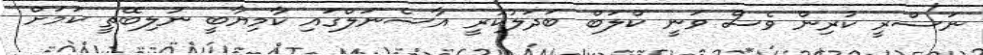
ނަސްރީ ކުރިން ވެސް ވަނީ ކްލަބް ބަދަލުކުރީ އާސެނަލްގައި ކާމިޔާބީ ނުލިބޭތީ ކަމަށް